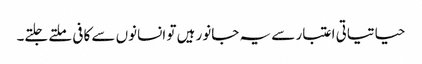
حیاتیاتی اعتبار سے یہ جانور ہیں تو انسانوں سے کافی ملتے جلتے۔